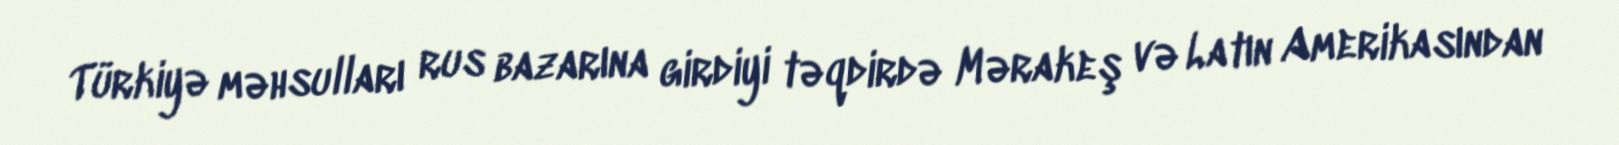
Türkiyə məhsulları rus bazarına girdiyi təqdirdə Mərakeş və Latın Amerikasından